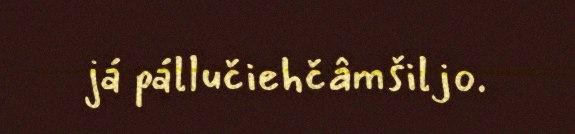
já pállučiehčâmšiljo.